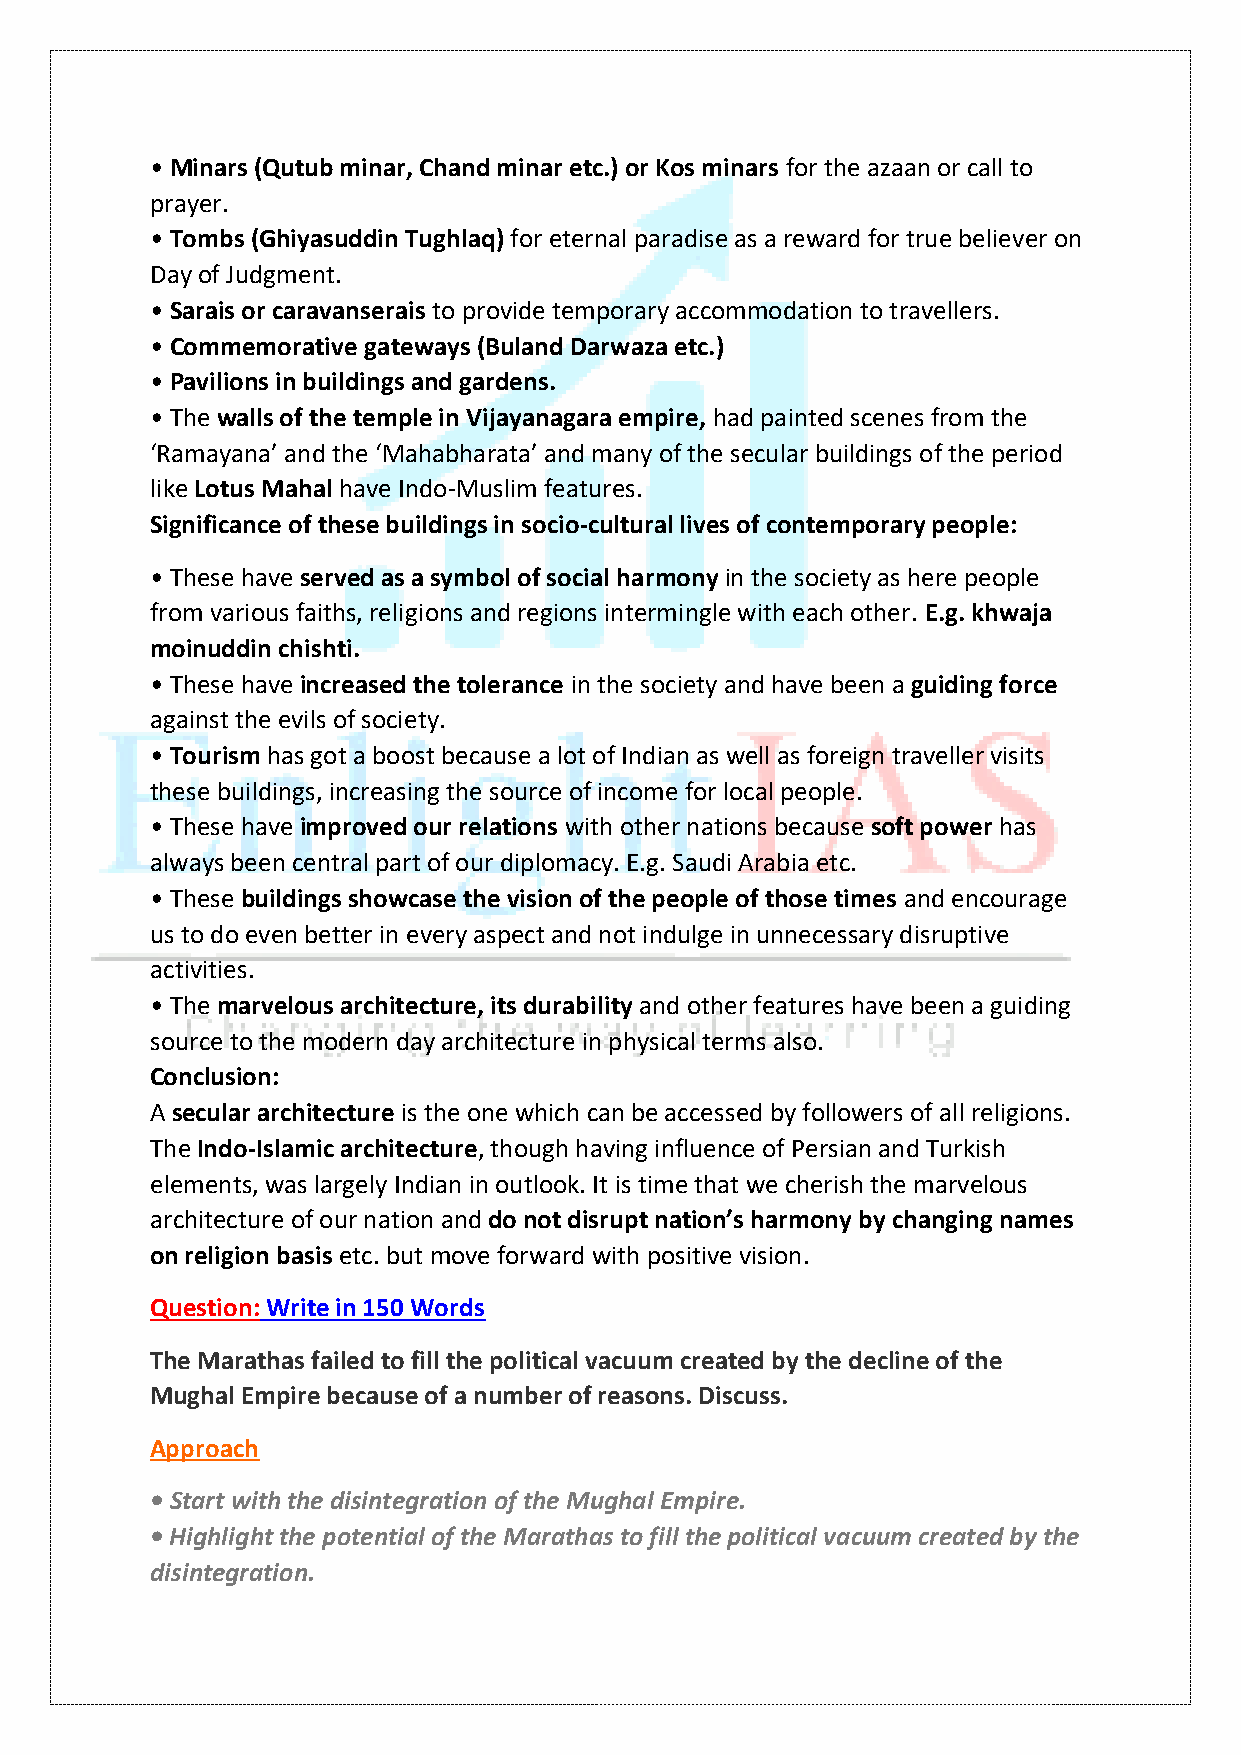
• Minars (Qutub minar, Chand minar etc.) or Kos minars for the azaan or call to
 prayer.
 • Tombs (Ghiyasuddin Tughlaq) for eternal paradise as a reward for true believer on
 Day of Judgment.
 • Sarais or caravanserais to provide temporary accommodation to travellers.
 • Commemorative gateways (Buland Darwaza etc.)
 • Pavilions in buildings and gardens.
 • The walls of the temple in Vijayanagara empire, had painted scenes from the
 ‘Ramayana’ and the ‘Mahabharata’ and many of the secular buildings of the period
 like Lotus Mahal have Indo-Muslim features.
 Significance of these buildings in socio-cultural lives of contemporary people:
 • These have served as a symbol of social harmony in the society as here people
 from various faiths, religions and regions intermingle with each other. E.g. khwaja
 moinuddin chishti.
 • These have increased the tolerance in the society and have been a guiding force
 against the evils of society.
 • Tourism has got a boost because a lot of Indian as well as foreign traveller visits
 these buildings, increasing the source of income for local people.
 • These have improved our relations with other nations because soft power has
 always been central part of our diplomacy. E.g. Saudi Arabia etc.
 • These buildings showcase the vision of the people of those times and encourage
 us to do even better in every aspect and not indulge in unnecessary disruptive
 activities.
 • The marvelous architecture, its durability and other features have been a guiding
 source to the modern day architecture in physical terms also.
 Conclusion:
 A secular architecture is the one which can be accessed by followers of all religions.
 The Indo-Islamic architecture, though having influence of Persian and Turkish
 elements, was largely Indian in outlook. It is time that we cherish the marvelous
 architecture of our nation and do not disrupt nation’s harmony by changing names
 on religion basis etc. but move forward with positive vision.
 Question: Write in 150 Words
 The Marathas failed to fill the political vacuum created by the decline of the
 Mughal Empire because of a number of reasons. Discuss.
 Approach
 • Start with the disintegration of the Mughal Empire.
 • Highlight the potential of the Marathas to fill the political vacuum created by the
 disintegration.